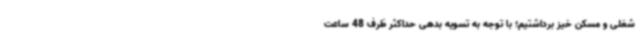
شغلی و مسکن خیز برداشتیم؛ با توجه به تسویه بدهی حداکثر ظرف 48 ساعت